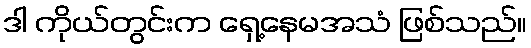
ဒါ ကိုယ်တွင်းက ရှေ့နေမအသံ ဖြစ်သည်။